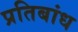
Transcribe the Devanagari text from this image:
प्रतिबांध